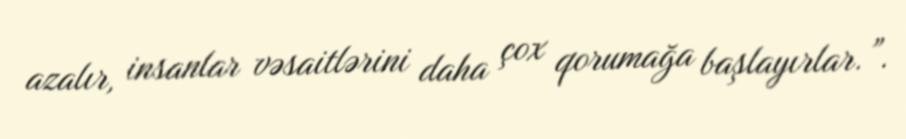
azalır, insanlar vəsaitlərini daha çox qorumağa başlayırlar.”.